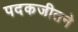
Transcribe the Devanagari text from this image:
पदकजीतने